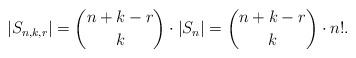
LaTeX: \begin{align*}|S_{n,k,r}| = {n+k-r \choose k} \cdot |S_n| = {n+k-r \choose k} \cdot n!.\end{align*}